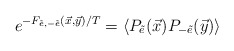
\begin{align*}e^{-F_{\tilde e,-\tilde e}(\vec x,\vec y)/T}=\langle P_{\tilde e}(\vec x)P_{-\tilde e}(\vec y)\rangle\end{align*}